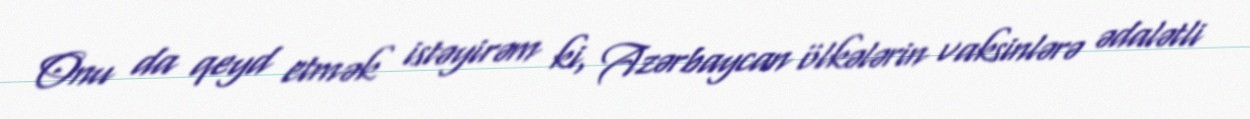
Onu da qeyd etmək istəyirəm ki, Azərbaycan ölkələrin vaksinlərə ədalətli